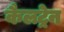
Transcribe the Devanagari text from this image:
कैलट्रेन